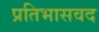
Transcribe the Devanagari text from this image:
प्रतिभासवद